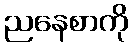
ညနေစာကို